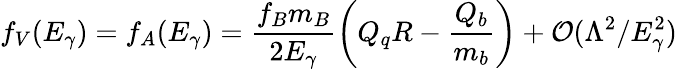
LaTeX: f_{V}(E_{\gamma})=f_{A}(E_{\gamma})=\frac{f_{B}m_{B}}{2E_{\gamma}}\left(Q_{q}R-\frac{Q_{b}}{m_{b}}\right)+{\cal O}(\Lambda^{2}/E_{\gamma}^{2})